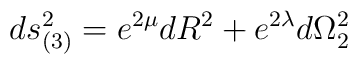
ds_{(3)}^{2} = e^{2\mu} dR^{2} + e^{2\lambda} d{\Omega}^{2}_{2}